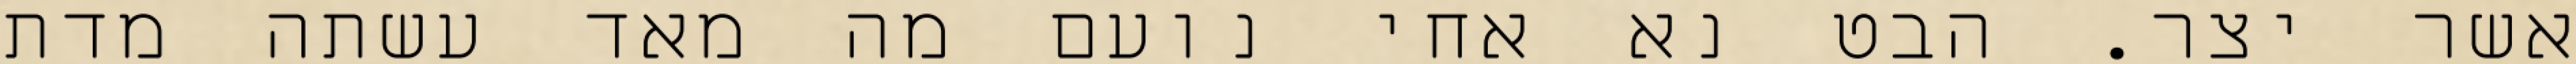
אשר יצר. הבט נא אחי נועם מה מאד עשתה מדת